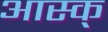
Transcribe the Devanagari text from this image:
आस्क्